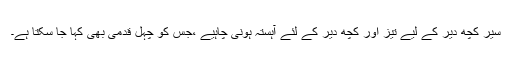
سیر کچھ دیر کے لیے تیز اور کچھ دیر کے لئے آہستہ ہونی چاہیے ،جس کو چہل قدمی بھی کہا جا سکتا ہے۔